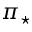
\pi _ { \star }